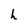
Character: h